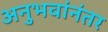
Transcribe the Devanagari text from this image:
अनुभवांनंतर